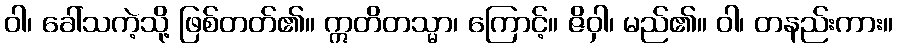
ဝါ၊ ခေါ်သကဲ့သို့ ဖြစ်တတ်၏။ ဣတိတသ္မာ၊ ကြောင့်။ ဇိဝှါ၊ မည်၏။ ဝါ၊ တနည်းကား။